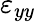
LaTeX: \varepsilon_{yy}